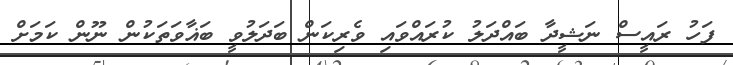
ފަހު ރައީސް ނަޝީދާ ބައްދަލު ކުރައްވައި ވެރިކަން ބަދަލުވީ ބަޣާވަތަކުން ނޫން ކަމަށް